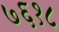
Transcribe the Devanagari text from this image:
७६१८